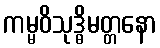
ကမ္မဝိသုဒ္ဓိမတ္တနော